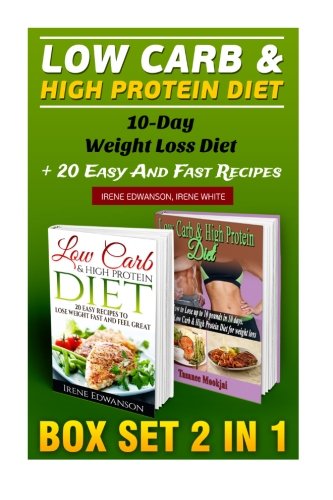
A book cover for Low Carb & High Protein Diet BOX SET 2 IN 1: 10-Day Weight Loss Diet + 20 Easy And Fast Recipes: (low carbohydrate, high protein, low carbohydrate ... diet for dummies,  low carb high fat diet,); Irene Edwanson; Cookbooks, Food & Wine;